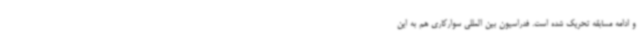
و ادامه مسابقه تحریک شده است. فدراسیون بین المللی سوارکاری هم به این